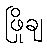
ဖြိုချ